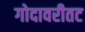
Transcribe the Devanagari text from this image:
गोदावरीतट